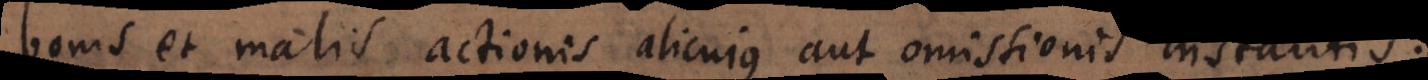
bonis et malis actionis alicujus aut omissionis instantis.